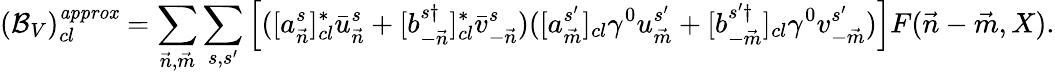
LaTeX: ({\cal B}_{V})_{cl}^{\mathit{approx}}=\sum_{{\vec{n}},{\vec{m}}}\sum_{s,s^{\prime}}\left[([a_{\vec{n}}^{s}]_{cl}^{*}\bar{u}_{\vec{n}}^{s}+[b_{-{\vec{n}}}^{s\dagger}]_{cl}^{*}\bar{v}_{-{\vec{n}}}^{s})([a_{\vec{m}}^{s^{\prime}}]_{cl}\gamma^{0}u_{\vec{m}}^{s^{\prime}}+[b_{-{\vec{m}}}^{s^{\prime}\dagger}]_{cl}\gamma^{0}v_{-{\vec{m}}}^{s^{\prime}})\right]F({\vec{n}}-{\vec{m}},X).